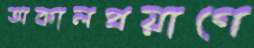
অকালপ্রয়াণে